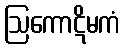
ဩကောဋိမကံ